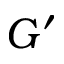
G ^ { \prime }